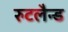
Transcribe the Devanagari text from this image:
रुटलैन्ड